Vaccination report Assam 1896-1927 - 1896-1927
Year: 1896
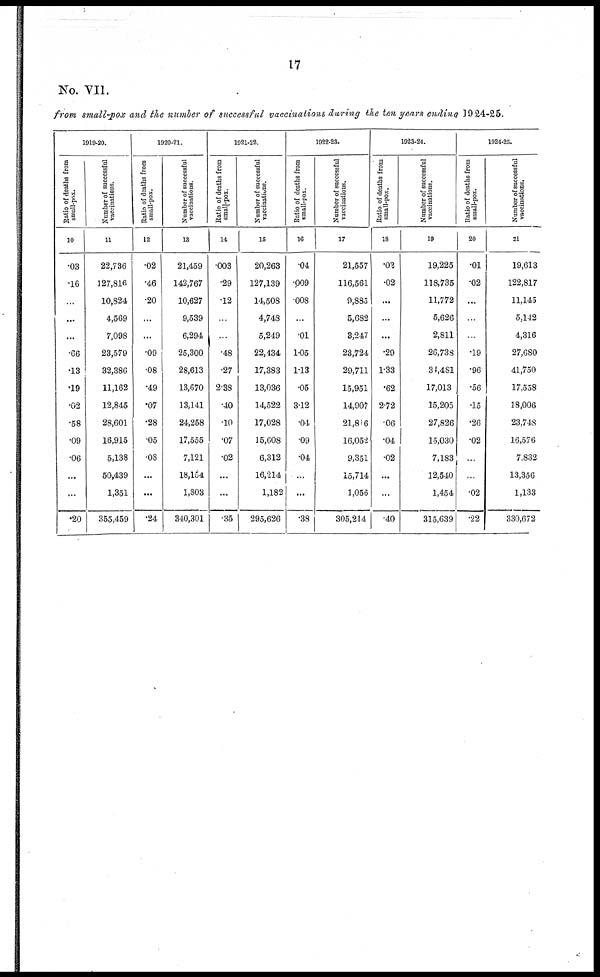
17
No. VII.
from small-pox and the number of successful vaccinations during the ten years ending 1924-25.
1919-20.
Ratio of deaths from
small-pox.
10
.03
.16
...
...
...
.66
.13
.19
.02
.58
.09
.06
...
...
.20
Number of successful
vaccinations.
11
22,736
127,816
10,824
4,569
7,098
23,579
32,386
11,162
12,845
28,601
16,915
5,138
50,439
1,351
355,459
1920-21.
Ratio of deaths from
small-pox.
12
.02
.46
.20
...
...
.09
.08
.49
.07
.28
05
.08
...
...
.24
Number of successful
vaccinations.
13
21,459
142,767
10,627
9,539
6,294
25,300
28,613
13,670
13,141
24,258
17,555
7,121
18,154
1,803
340,301
1921-22.
Ratio of deaths from
small-pox.
14
.003
.29
.12
...
...
.48
.27
2.38
.40
.10
.07
.02
...
...
.35
Number of successful
vaccinations.
15
20,263
127,139
14,508
4,748
5,249
22,134
17,383
13,036
14,522
17,028
15,608
6,312
16,214
1,182
295,626
1922-23.
Ratio of deaths from
small-pox.
16
.04
.009
.008
...
.01
1.05
1.13
.05
3.12
.04
.09
.04
...
...
.38
Number of successful
vaccinations.
17
21,557
116,561
9,883
5,682
3,247
23,724
29,711
15,951
14,907
21,816
16,052
9,351
15,714
1,056
305,214
1923-24.
Ratio of deaths from
small-pox.
13
.02
.02
...
...
...
.29
1.33
.62
2.72
.06
.04
.02
...
...
.40
Number of successful
vaccinations.
19
19,225
118,735
11,772
5,626
2,811
26,738
34,481
17,013
15,205
27,826
15,030
7,183
12,540
1,454
315,639
1924-25.
Ratio of deaths from
small-pox.
20
.01
.02
...
...
...
.19
.96
.56
.15
.26
.02
...
...
.02
.22
Number of successful
vaccinations.
21
19,613
122,817
11,145
5,142
4,316
27,680
41,750
17,558
18,006
23,748
16,576
7,832
13,356
1,133
330,672